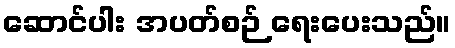
ဆောင်ပါး အပတ်စဉ် ရေးပေးသည်။